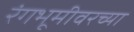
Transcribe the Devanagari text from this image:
रंगभूमीवरच्या